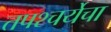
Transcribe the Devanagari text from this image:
तपश्‍चर्येचा